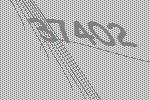
37402